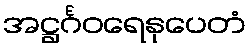
အဋ္ဌင်္ဂဝရေနုပေတံ